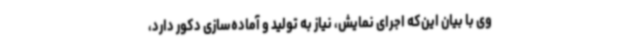
وی با بیان این‌که اجرای نمایش، نیاز به تولید و آماده‌سازی دکور دارد،